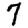
Digit: 7